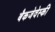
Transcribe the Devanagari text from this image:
बैकजेवेस्की